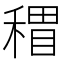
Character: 𥡏